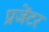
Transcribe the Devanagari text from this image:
प्रजेंटर